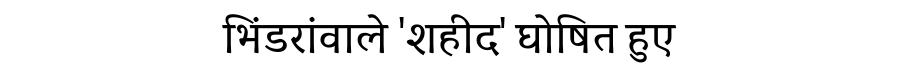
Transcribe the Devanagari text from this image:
भिंडरांवाले 'शहीद' घोषित हुए